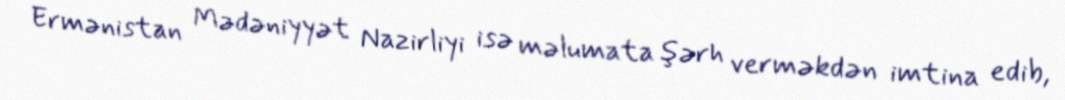
Ermənistan Mədəniyyət Nazirliyi isə məlumata şərh verməkdən imtina edib,